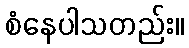
စံနေပါသတည်း။